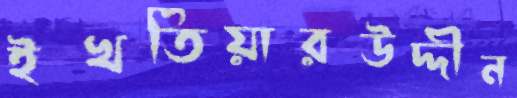
ইখতিয়ারউদ্দীন